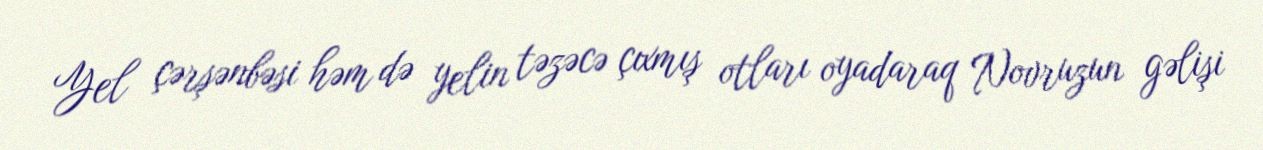
Yel çərşənbəsi həm də yelin təzəcə çıxmış otları oyadaraq Novruzun gəlişi